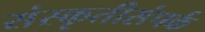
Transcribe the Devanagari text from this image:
संस्कृतीसंपर्क